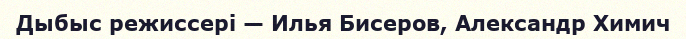
Дыбыс режиссері — Илья Бисеров, Александр Химич